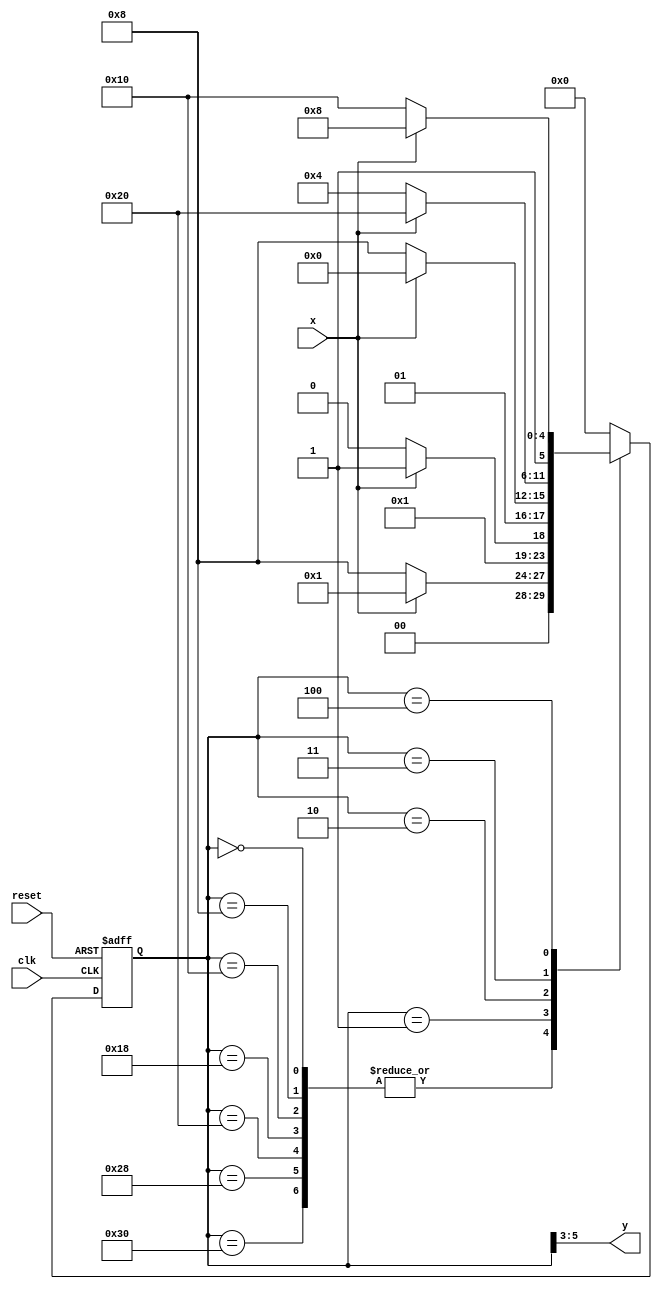
module huffman_decoder (x, y, clk, reset);
input x;
output [2:0] y;
input clk;
input reset;
reg [5:0] current;
reg[5:0] next;
//states
parameter S0 = 6'b000000, S1= 6'b000001, S2 = 6'b000010, S3 = 6'b000011, S4 = 6'b000100, 
A = 6'b001000, B = 6'b010000, C = 6'b011000, D = 6'b100000, E = 6'b101000, F = 6'b110000;  

initial
    next = S0;

//sequential logic
always @ (posedge clk or posedge reset)
begin
    if (reset == 1) current <= S0;
    else current <= next;
end
//combinational logic
always @ (*)
begin
    case(current)
    S0, A, B, C, D, E, F: 
    if(x) next = S1;
    else next = A;
    S1: 
    if(x) next = S3;
    else next = S2;
    S2: 
    if(x) next = B;
    else next = C;
    S3: 
    if(x) next = D;
    else next = S4;
    S4: 
    if(x) next = E;
    else next = F;
    default: next = S0;
    endcase
end

assign y = current[5:3];

endmodule